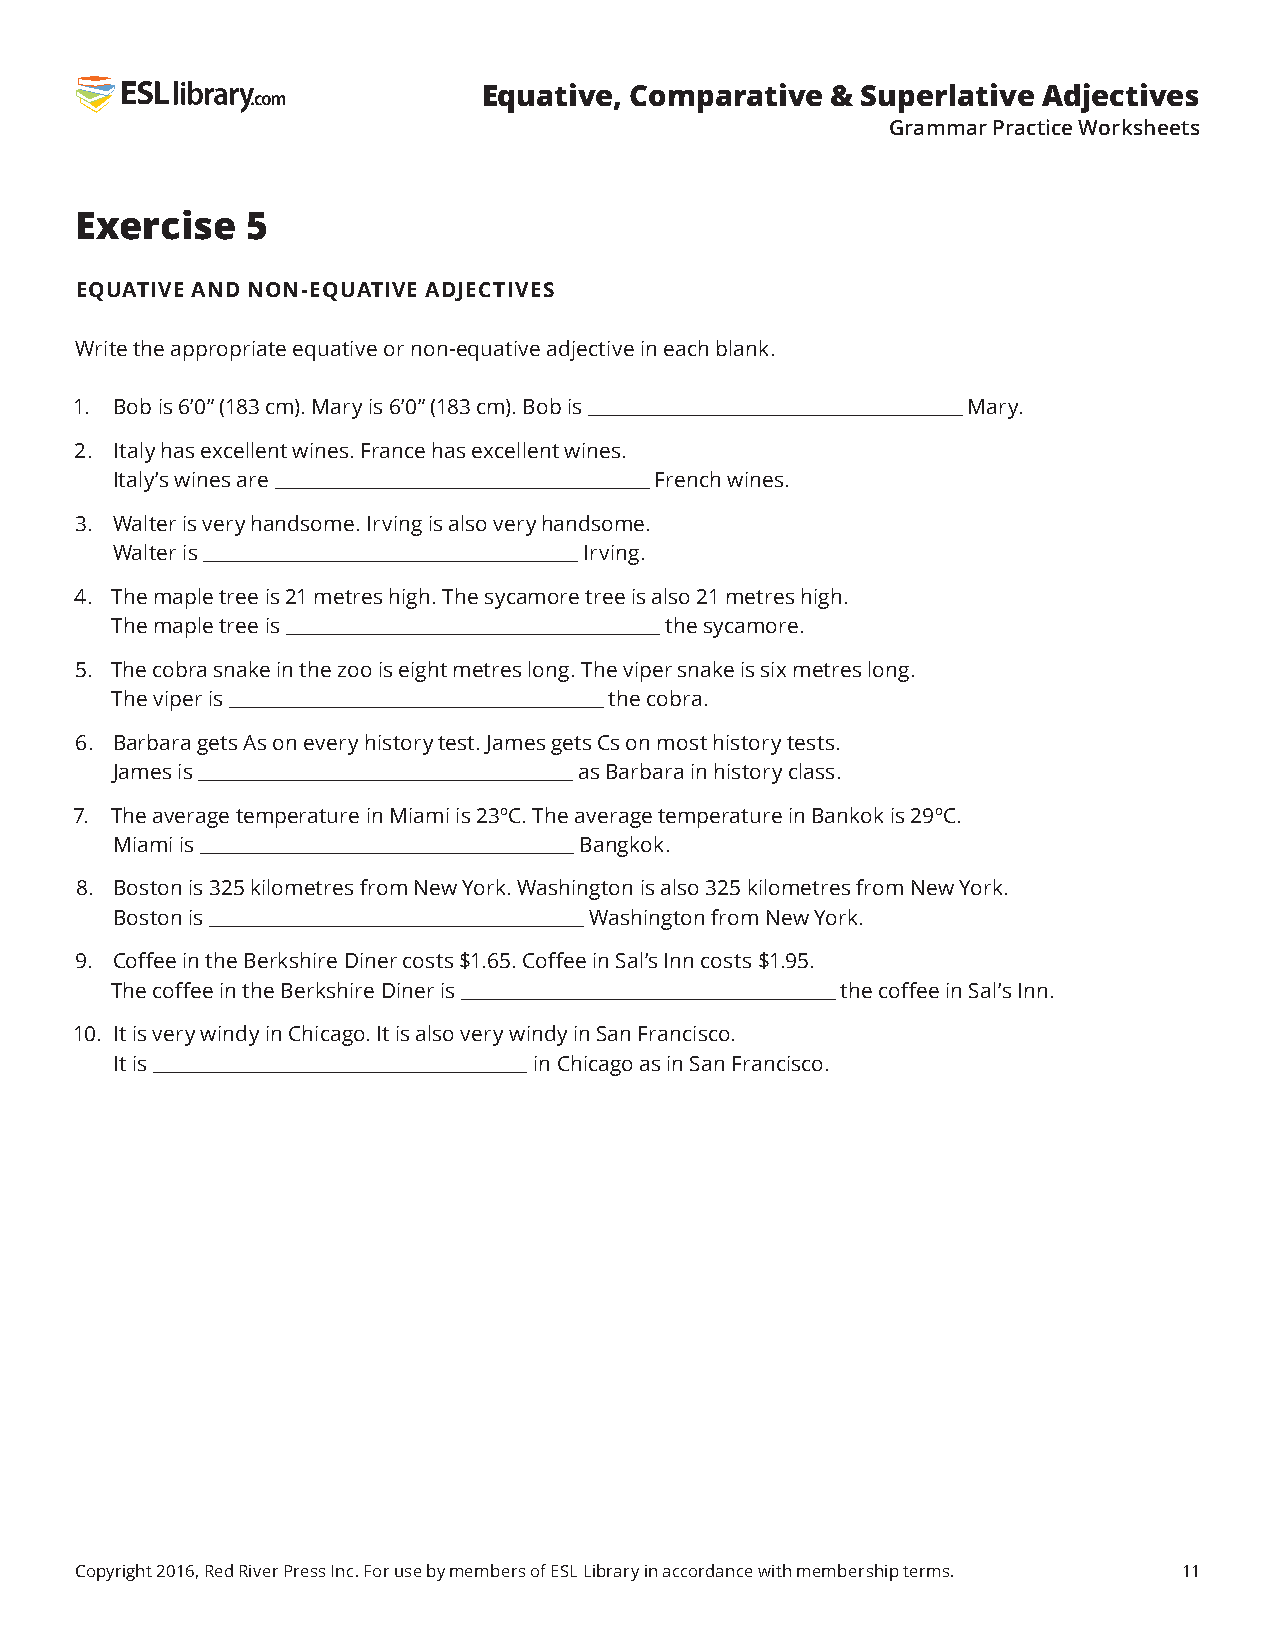
Equative, Comparative  & Superlative Adjectives
 Grammar Practice Worksheets
 Exercise   5
 EQUATIVE AND NON-EQUATIVE ADJECTIVES
 Write the appropriate equative or non-equative adjective in each blank.
 1. Bob is 6’0” (183 cm). Mary is 6’0” (183 cm). Bob is     Mary.
 2. Italy has excellent wines. France has excellent wines.
 Italy’s wines are                   French wines.
 3. Walter is very handsome. Irving is also very handsome.
 Walter is                       Irving.
 4. The maple tree is 21 metres high. The sycamore tree is also 21 metres high.
 The maple tree is                    the sycamore.
 5. The cobra snake in the zoo is eight metres long. The viper snake is six metres long.
 The viper is                     the cobra.
 6. Barbara gets As on every history test. James gets Cs on most history tests.
 James is                      as Barbara in history class.
 7. The average temperature in Miami is 23ºC. The average temperature in Bankok is 29ºC.
 Miami is                       Bangkok.
 8. Boston is 325 kilometres from New York. Washington is also 325 kilometres from New York.
 Boston is                       Washington from New York.
 9. Coffee in the Berkshire Diner costs $1.65. Coffee in Sal’s Inn costs $1.95.
 The coffee in the Berkshire Diner is             the coffee in Sal’s Inn.
 10. It is very windy in Chicago. It is also very windy in San Francisco.
 It is                       in Chicago as in San Francisco.
 Copyright 2016, Red River Press Inc. For use by members of ESL Library in accordance with membership terms. 11